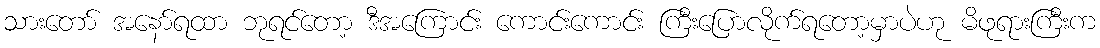
သားတော် အနော်ရထာ ဘုရင်တော့ ဒီအကြောင်း ကောင်းကောင်း ကြီးပြောလိုက်ရတော့မှာပဲဟု မိဖုရားကြီးက